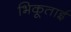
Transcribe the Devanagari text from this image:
भिकूताई